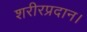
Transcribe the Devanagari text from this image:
शरीरप्रदान।